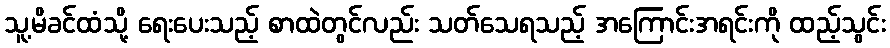
သူ့မိခင်ထံသို့ ရေးပေးသည့် စာထဲတွင်လည်း သတ်သေရသည့် အကြောင်းအရင်းကို ထည့်သွင်း